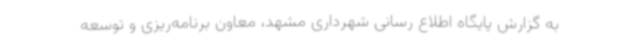
به گزارش پایگاه اطلاع رسانی شهرداری مشهد، معاون برنامه‌ریزی و توسعه